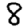
Digit: 8